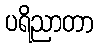
ပရိညာတာ